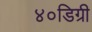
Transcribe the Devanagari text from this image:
४०डिग्री